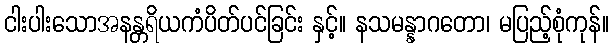
ငါးပါးသောအနန္တရိယကံပိတ်ပင်ခြင်း နှင့်။ နသမန္နာဂတော၊ မပြည့်စုံကုန်။